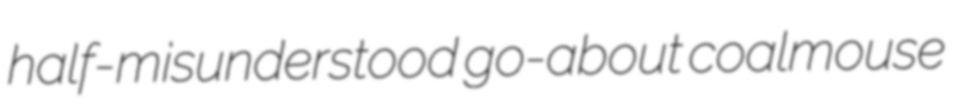
half-misunderstood go-about coalmouse